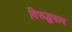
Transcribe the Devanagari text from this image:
विरुद्धरूप